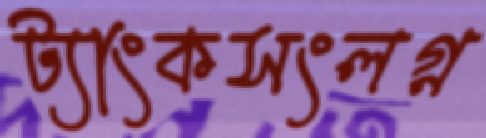
ট্যাংকসংলগ্ন